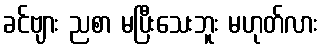
ခင်ဗျား ညစာ မပြီးသေးဘူး မဟုတ်လား